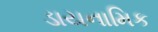
ડાયનામિક